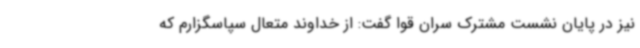
نیز در پایان نشست مشترک سران قوا گفت: از خداوند متعال سپاسگزارم که